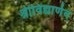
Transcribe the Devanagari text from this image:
श्रीविद्यार्णव